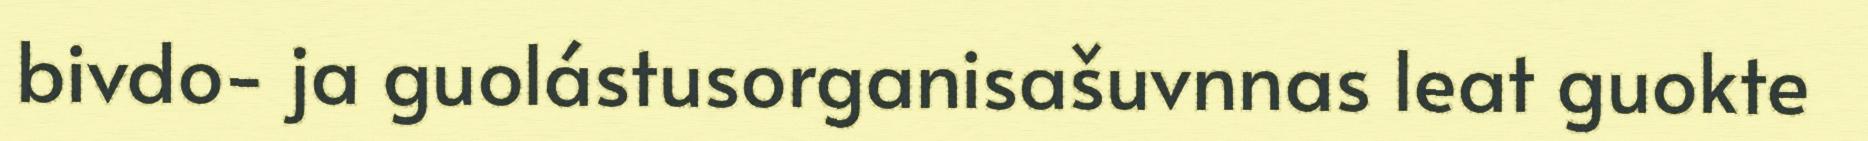
bivdo- ja guolástusorganisašuvnnas leat guokte